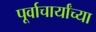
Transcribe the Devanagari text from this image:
पूर्वाचार्यांच्या